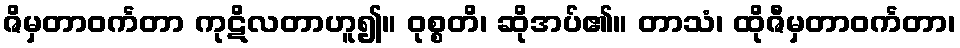
ဇိမှတာဝင်္ကတာ ကုဋိလတာဟူ၍။ ဝုစ္စတိ၊ ဆိုအပ်၏။ တာသံ၊ ထိုဇီမှတာဝင်္ကတာ၊